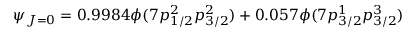
\psi _ { J = 0 } = 0 . 9 9 8 4 \phi ( 7 p _ { 1 / 2 } ^ { 2 } p _ { 3 / 2 } ^ { 2 } ) + 0 . 0 5 7 \phi ( 7 p _ { 3 / 2 } ^ { 1 } p _ { 3 / 2 } ^ { 3 } )